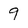
Character: 9